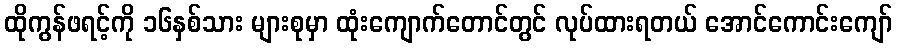
ထိုကွန်ဖရင့်ကို ၁၆နှစ်သား များစုမှာ ထုံးကျောက်တောင်တွင် လုပ်ထားရတယ် အောင်ကောင်းကျော်